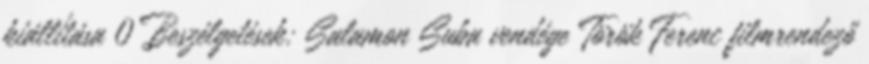
kiállítása 0 Beszélgetések: Salamon Suba vendége Török Ferenc filmrendező